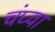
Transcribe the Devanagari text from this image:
चंघ्वा